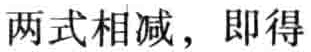
两式相减，即得